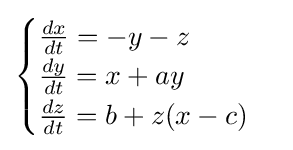
{\begin{cases}{\frac {dx}{dt}}=-y-z\\{\frac {dy}{dt}}=x+ay\\{\frac {dz}{dt}}=b+z(x-c)\end{cases}}